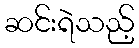
ဆင်းရဲသည့်